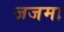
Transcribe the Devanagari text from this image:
जजमा